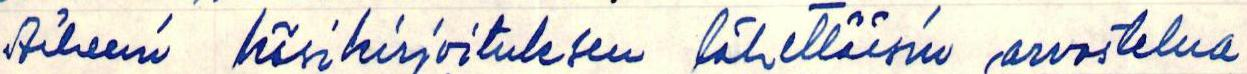
AIheeni käsikirjoituksen lähettäisin arvostelua